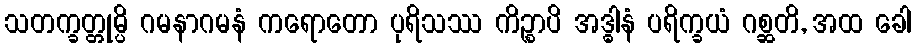
သတက္ခတ္တုမ္ပိ ဂမနာဂမနံ ကရောတော ပုရိသဿ ကိဉ္စာပိ အဒ္ဓါနံ ပရိက္ခယံ ဂစ္ဆတိ, အထ ခေါ